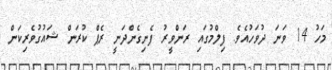
މަހު 14 ވަނަ ދުވަހުއެވެ. ފިލްމުގައި ރަންވީރު ފެނިގެންދަނީ ރެޕް ކުރަން ޝައުގުވެރިކަން